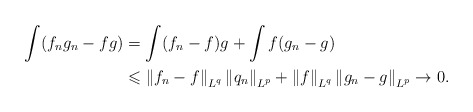
\begin{align*} \int(f_ng_n-fg) &= \int(f_n-f)g+\int f(g_n-g) \\ &\leqslant \left\|f_n-f\right\|_{L^q}\left\|q_n\right\|_{L^p}+\left\|f\right\|_{L^q}\left\|g_n-g\right\|_{L^p}\rightarrow 0. \end{align*}